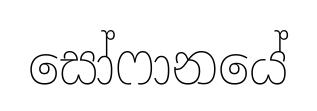
සෝෆානයේ